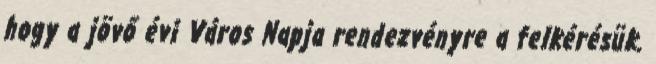
hogy a jövő évi Város Napja rendezvényre a felkérésük.